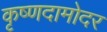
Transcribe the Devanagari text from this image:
कृष्णदामोदर